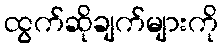
ထွက်ဆိုချက်များကို